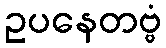
ဥပနေတဗ္ဗံ